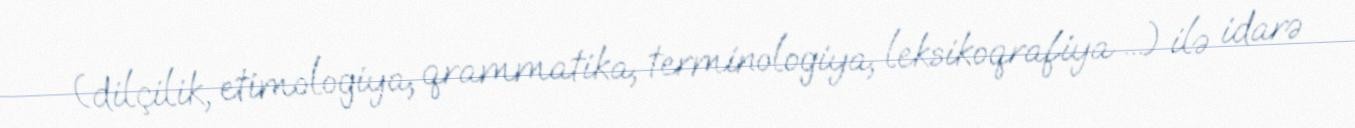
(dilçilik, etimologiya, qrammatika, terminologiya, leksikoqrafiya ...) ilə idarə